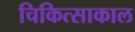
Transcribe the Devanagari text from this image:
चिकित्साकाल